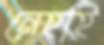
নেহাই